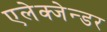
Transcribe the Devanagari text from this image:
एलेक्जेन्डर